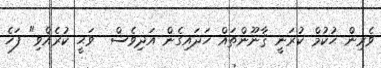
ވެރިން ޙުކުމް ކުރަނީ ޤާނޫންތައް ހަދައިގެން އަދިވެސް  ވަޙީ ކުރެއްވި" ފަހެ